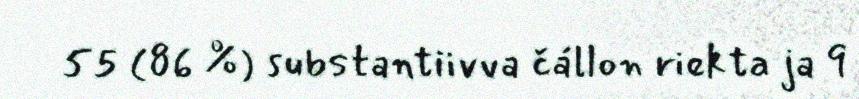
55 (86 %) substantiivva čállon riekta ja 9